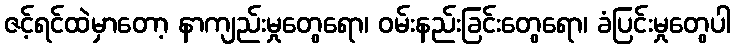
ဇင့်ရင်ထဲမှာတော့ နာကျည်းမှုတွေရော၊ ဝမ်းနည်းခြင်းတွေရော၊ ခံပြင်းမှုတွေပါ